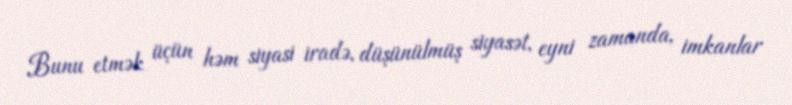
Bunu etmək üçün həm siyasi iradə, düşünülmüş siyasət, eyni zamanda, imkanlar